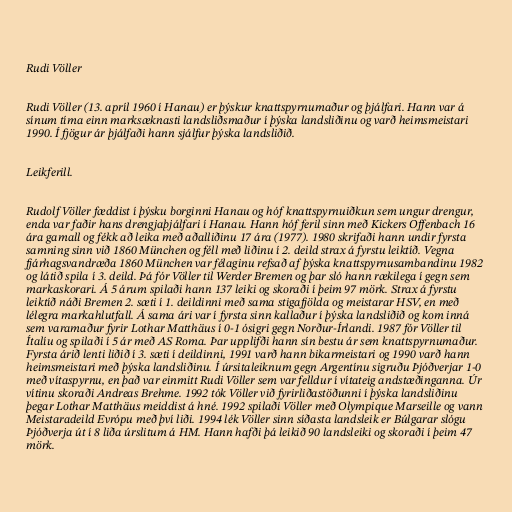
Rudi Völler

Rudi Völler (13. apríl 1960 í Hanau) er þýskur knattspyrnumaður og þjálfari. Hann var á
sínum tíma einn marksæknasti landsliðsmaður í þýska landsliðinu og varð heimsmeistari
1990. Í fjögur ár þjálfaði hann sjálfur þýska landsliðið.

Leikferill.

Rudolf Völler fæddist í þýsku borginni Hanau og hóf knattspyrnuiðkun sem ungur drengur,
enda var faðir hans drengjaþjálfari í Hanau. Hann hóf feril sinn með Kickers Offenbach 16
ára gamall og fékk að leika með aðalliðinu 17 ára (1977). 1980 skrifaði hann undir fyrsta
samning sinn við 1860 München og féll með liðinu í 2. deild strax á fyrstu leiktíð. Vegna
fjárhagsvandræða 1860 München var félaginu refsað af þýska knattspyrnusambandinu 1982
og látið spila í 3. deild. Þá fór Völler til Werder Bremen og þar sló hann rækilega í gegn sem
markaskorari. Á 5 árum spilaði hann 137 leiki og skoraði í þeim 97 mörk. Strax á fyrstu
leiktíð náði Bremen 2. sæti í 1. deildinni með sama stigafjölda og meistarar HSV, en með
lélegra markahlutfall. Á sama ári var í fyrsta sinn kallaður í þýska landsliðið og kom inná
sem varamaður fyrir Lothar Matthäus í 0-1 ósigri gegn Norður-Írlandi. 1987 fór Völler til
Ítalíu og spilaði í 5 ár með AS Roma. Þar upplifði hann sín bestu ár sem knattspyrnumaður.
Fyrsta árið lenti liðið í 3. sæti í deildinni, 1991 varð hann bikarmeistari og 1990 varð hann
heimsmeistari með þýska landsliðinu. Í úrsitaleiknum gegn Argentínu sigruðu Þjóðverjar 1-0
með vítaspyrnu, en það var einmitt Rudi Völler sem var felldur í vítateig andstæðinganna. Úr
vítinu skoraði Andreas Brehme. 1992 tók Völler við fyrirliðastöðunni í þýska landsliðinu
þegar Lothar Matthäus meiddist á hné. 1992 spilaði Völler með Olympique Marseille og vann
Meistaradeild Evrópu með því liði. 1994 lék Völler sinn síðasta landsleik er Búlgarar slógu
Þjóðverja út í 8 liða úrslitum á HM. Hann hafði þá leikið 90 landsleiki og skoraði í þeim 47
mörk.